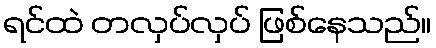
ရင်ထဲ တလှပ်လှပ် ဖြစ်နေသည်။